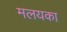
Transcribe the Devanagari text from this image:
मलयका